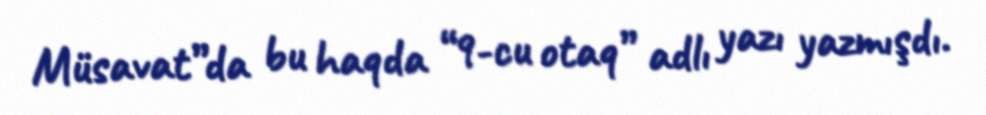
Müsavat”da bu haqda “9-cu otaq” adlı yazı yazmışdı.